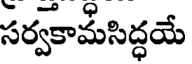
సర్వకామసిద్ధయే